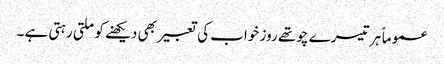
عموماً ہر تیسرے چوتھے روز خواب کی تعبیر بھی دیکھنے کو ملتی رہتی ہے۔